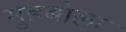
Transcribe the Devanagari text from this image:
मुंहबोला